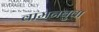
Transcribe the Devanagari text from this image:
वामनबुवा